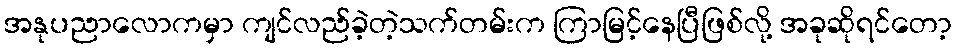
အနုပညာလောကမှာ ကျင်လည်ခဲ့တဲ့သက်တမ်းက ကြာမြင့်နေပြီဖြစ်လို့ အခုဆိုရင်တော့